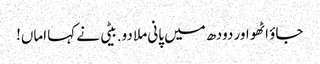
جاؤ اٹھو اور دودھ میں پانی ملا دو.بیٹی نے کہا اماں!